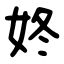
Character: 㚵